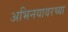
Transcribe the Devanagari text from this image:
अभिनयावरच्या